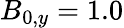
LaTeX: B_{0,y}=1.0